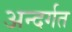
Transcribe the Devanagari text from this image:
अन्दर्गत